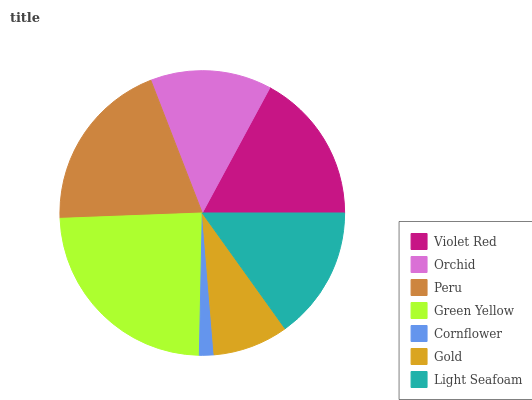
| Violet Red | Orchid | Peru | Green Yellow | Cornflower | Gold | Light Seafoam |
 | --- | --- | --- | --- | --- | --- | --- |
 | 17.2% | 13.8% | 19.7% | 24% | 1.65% | 8.57% | 15.1% |